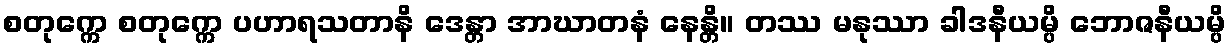
စတုက္ကေ စတုက္ကေ ပဟာရသတာနိ ဒေန္တာ အာဃာတနံ နေန္တိ။ တဿ မနုဿာ ခါဒနီယမ္ပိ ဘောဇနီယမ္ပိ